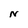
Character: N